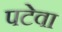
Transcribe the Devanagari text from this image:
पटेवा